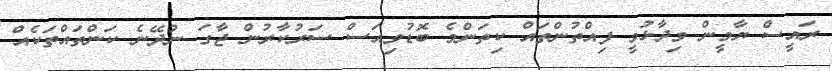
ރައީސް ޔާމީން ވިދާޅުވީ ފިއްތުންތައް ކިތަންމެ ބޮޑުވިއަސް ސަރުކާރުން ޖާގަ ނުދޭނެ ކަންތައްތަކެއް